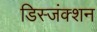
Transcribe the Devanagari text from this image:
डिस्जंक्शन